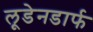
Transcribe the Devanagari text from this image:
लूडेनडार्फ